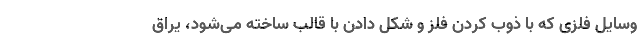
وسایل فلزی که با ذوب کردن فلز و شکل دادن با قالب ساخته می‌شود، یراق